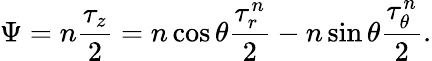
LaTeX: \Psi=n\frac{\tau_{z}}{2}=n\cos\theta\frac{\tau_{r}^{n}}{2}-n\sin\theta\frac{\tau_{\theta}^{n}}{2}.